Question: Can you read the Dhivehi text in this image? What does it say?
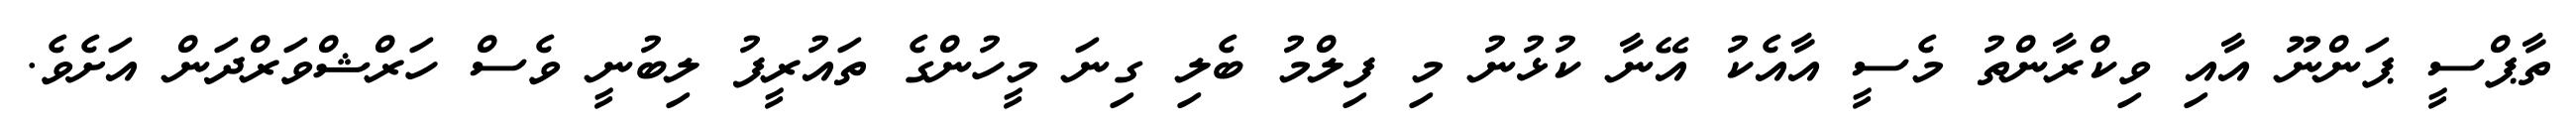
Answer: ތާޕްސީ ޕަންނޫ އާއި ވިކްރާންތު މެސީ އާއެކު އޭނާ ކުޅުނު މި ފިލްމު ބެލި ގިނަ މީހުންގެ ތައުރީފު ލިބުނީ ވެސް ހަރްޝްވަރްދަން އަށެވެ.